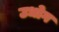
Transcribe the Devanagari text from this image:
उधाेग